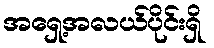
အရှေ့အလယ်ပိုင်းရှိ